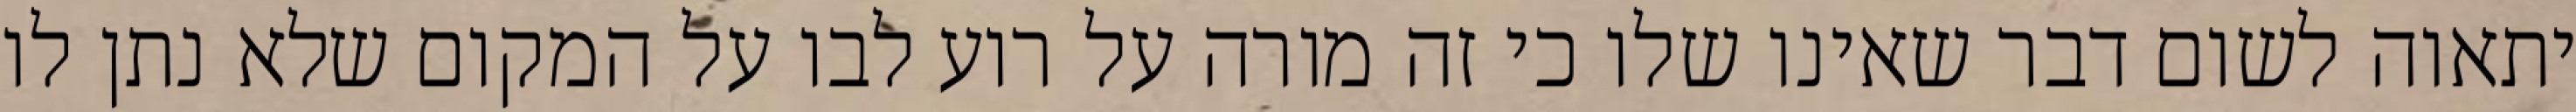
יתאוה לשום דבר שאינו שלו כי זה מורה על רוע לבו על המקום שלא נתן לו